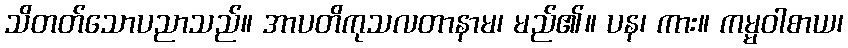
သိတတ်သောပညာသည်။ အာပတိကုသလတာနာမ၊ မည်၏။ ပန၊ ကား။ ကမ္မဝါစာယ၊